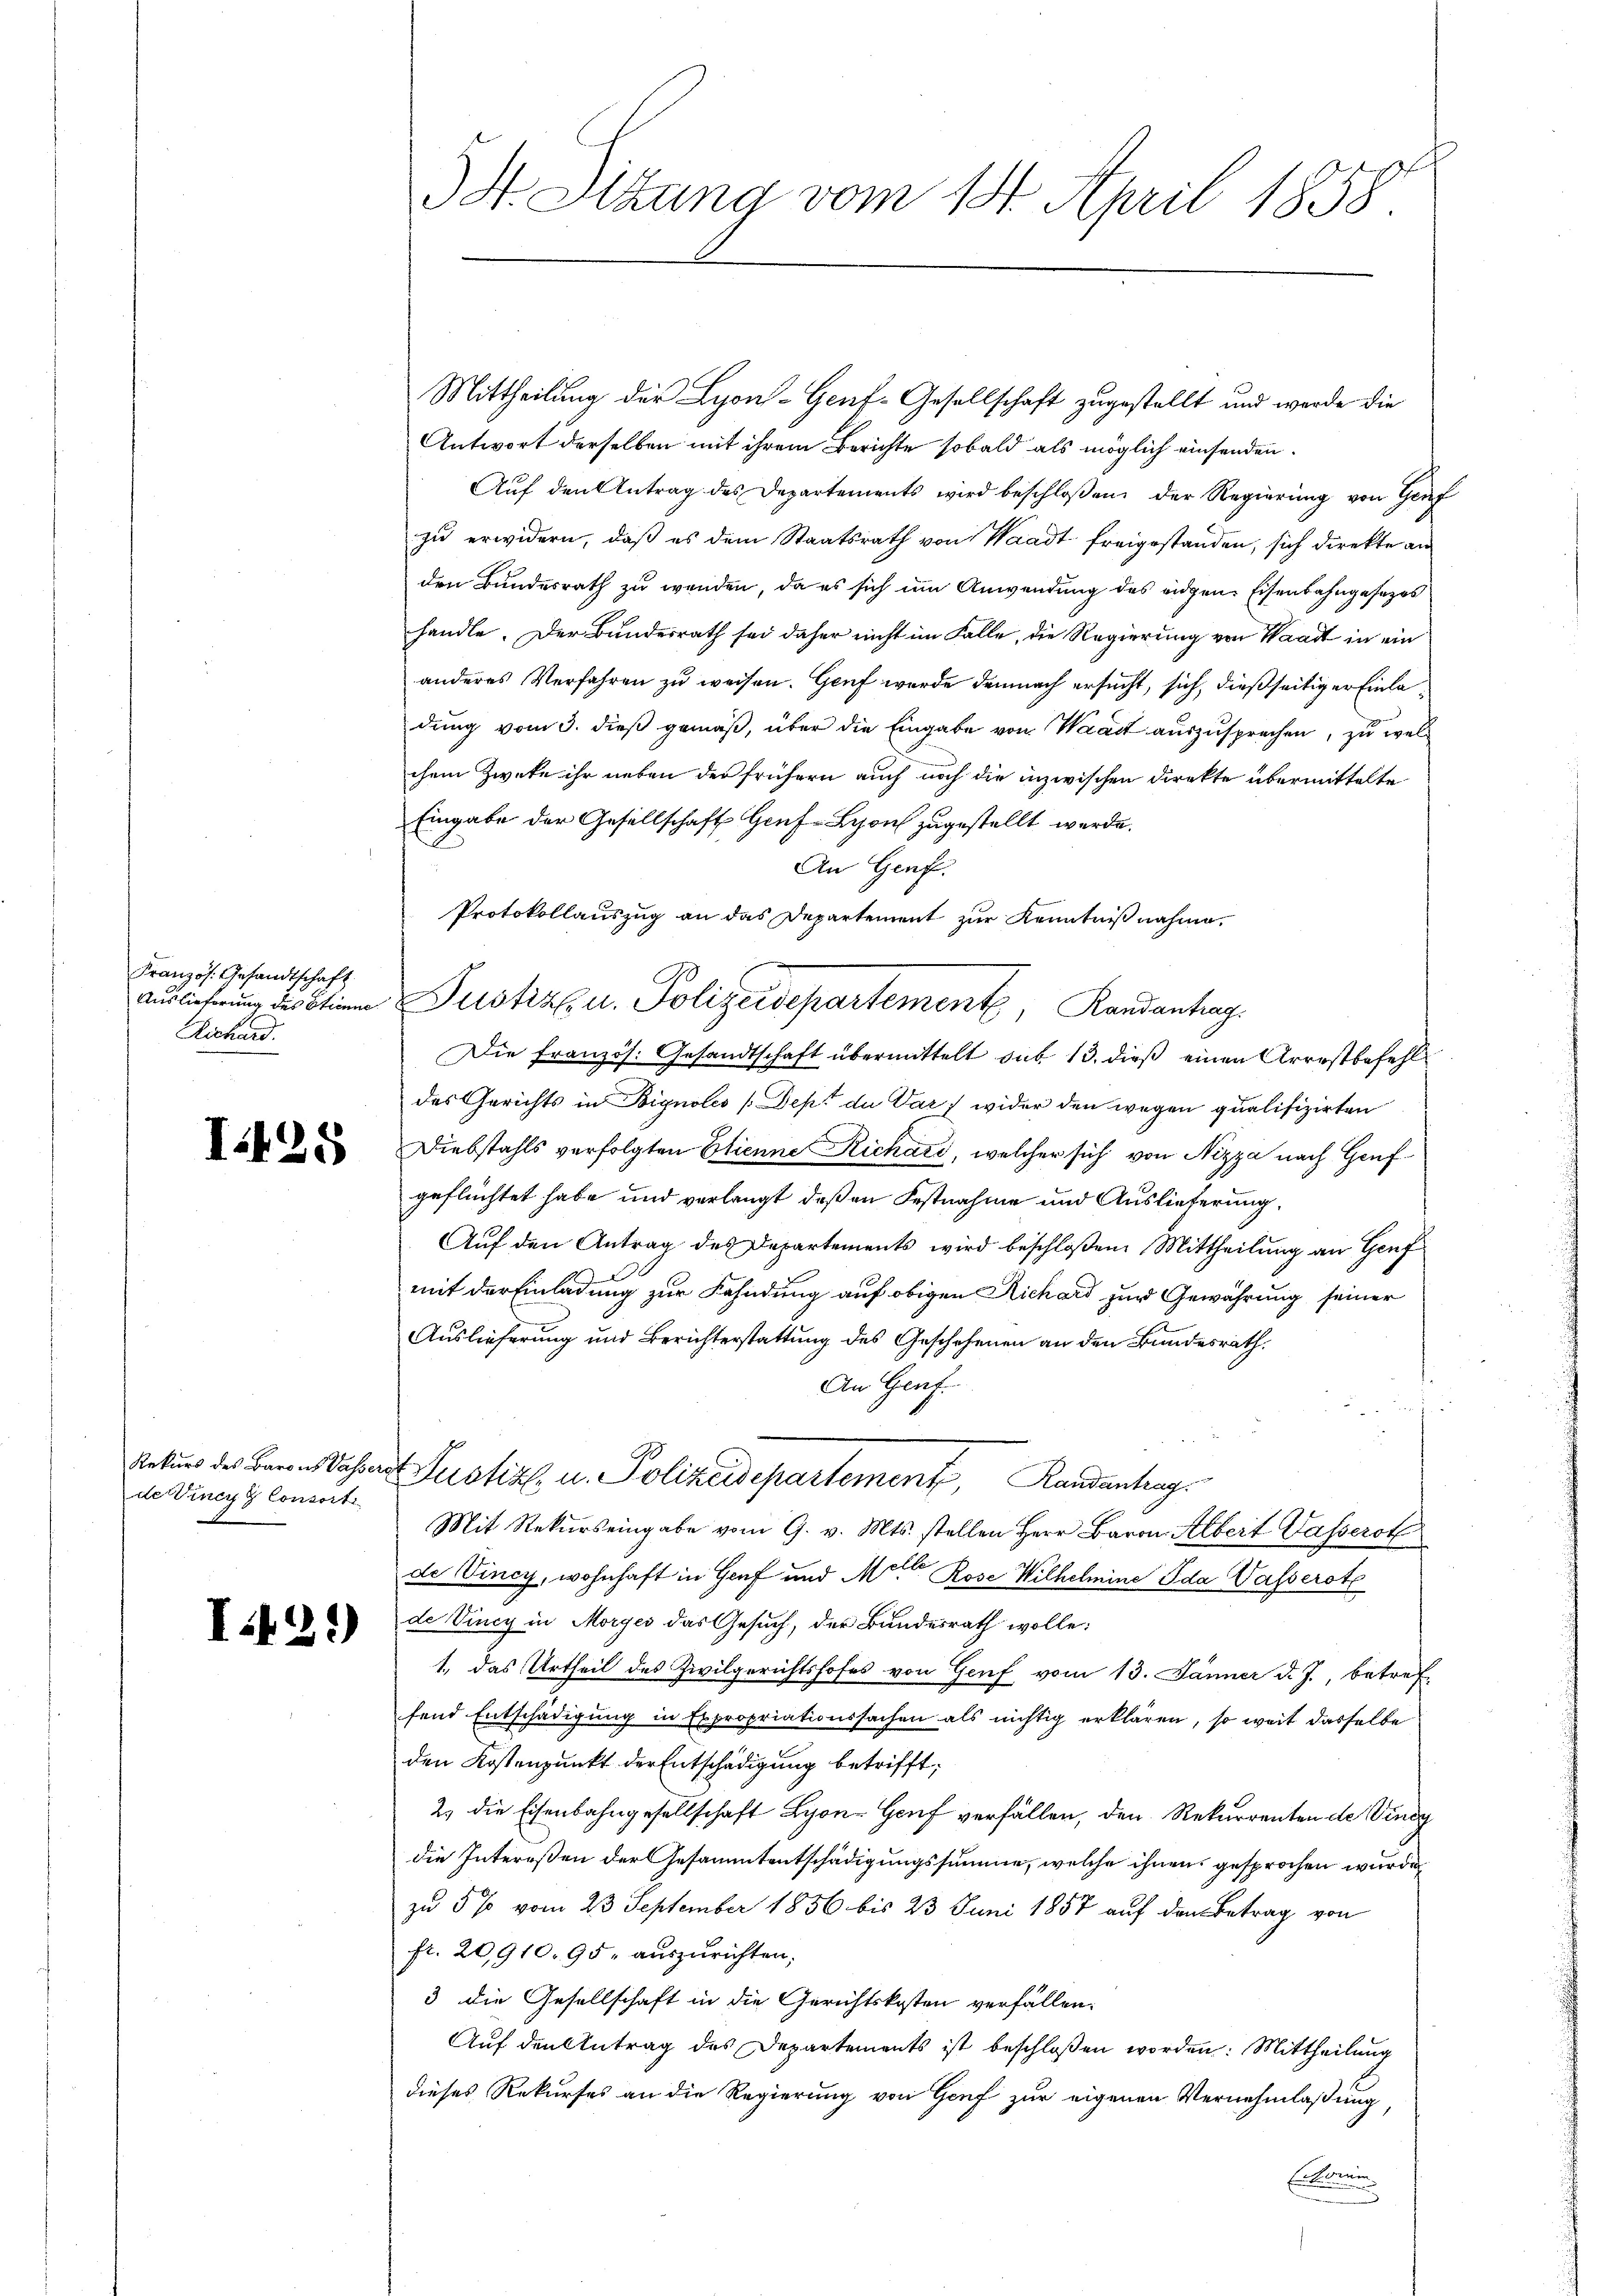
Französ. Gesandtschaft
Richard.

I.28

Rekurs des Barons Pässe
de Vincy g Consort

I.42)

34. Sitzung vom 14. April 1858

Mittheilung der Lyon-Geuf-Gesellschaft zugestellt und werde die
Antwort derselben mit ihrem Berichte sobald als möglich einsenden.
Aŭf den Antrag des Departements wird beschloßen, der Regierung von Genf
zu erwidern, daß es dem Staatsrath von Waadt freigestanden, sich direkte an
den Bundesrath zu wenden, da es sich um Anwendung des eidgen. Eisenbahngesezes
handle. Der Bundesrath sei daher nicht im Falle, die Regierung von Waadt in ein
anderes Verfahren zu weisen. Genf wurde demnach ersucht, sich, dießseitiger Einladung vom 3. dieß gemäß, über die Eingabe von Waadt auszusprechen, zu wel
chem Zweke ihr neben der frühern auch noch die inzwischen Direkte übermittelte
Eingabe der Gesellschaft Genf Lyon zugestellt werde.
An Genf.
Protokollauszug an das Departement zur Kenntnißnahme.
A
Auslicherŭng des Stim Justiz u. Polizeidepartement, Randanhag
Die französ. Gesandtschaft übermittelt sub 13. dieß einen Arrestbefehl
des Gerichts in Bignolis (Dept de Var) wider den wegen qualifizirten
Diebstahls verfolgten Etienne Richard, welcher sich von Nizza nach Genfgeflüchtet habe und verlangt, daß an Festnahme und Auslieferung
Auf den Antrag des Departements wird beschloßen: Mittheilung an Genf
mit der Einladung zur Fahndung auf obigen Richard zur Gewährung seiner
Auslieferung und Berichterstattung des Geschehenen an den Bundesrath,
An Genf.
 Justiz- u. Polizeisepartement, Landantrag
Mit Rekurs eingabe vom 9. v. Mts. stellen Herr Baron Albert Wasserst
de Vincy, wohnhaft in Genf und Mutter Rose Wilhelmine Ida Wasserste
de Vincy in Morges das Gesuch, der Bundesrath wolle:
1., das Urtheil des Zivilgerichtshofes von Genf vom 13. Jänner d. J., betref-
fend Entschädigung in Expropriationssachen als nichtig erklären, so weit dasselbe
den Kostenpunkt der Entschädigung betrifft,
2. die Eisenbahngesellschaft Lyon- Genf verfällen, den Rekurrenten de Vindg
die Intereßen der Gesammtentschädigungssumme, welche ihnens gesprochen wurde
zu 5 % vom 23. September 1856 bis 23 Juni 1857 auf den Betrag von
fr. 20,910. 95. auszurichten;
3 die Gesellschaft in die Gerichtskosten verfällen.
Auf den Antrag des Departements ist beschloßen worden: Mittheilung
dieses Rekurses an die Regierung von Genf zur eigenen Vernehmlaßung,
Erkennen.